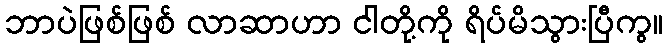
ဘာပဲဖြစ်ဖြစ် လာဆာဟာ ငါတို့ကို ရိပ်မိသွားပြီကွ။